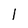
Character: 1